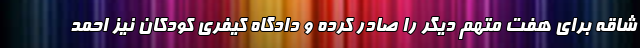
شاقه برای هفت متهم دیگر را صادر کرده و دادگاه کیفری کودکان نیز احمد